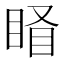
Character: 𥇄